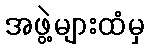
အဖွဲ့များထံမှ